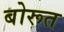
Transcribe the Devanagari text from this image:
बोरूत